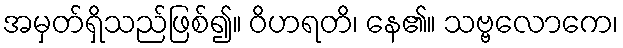
အမှတ်ရှိသည်ဖြစ်၍။ ဝိဟရတိ၊ နေ၏။ သဗ္ဗလောကေ၊